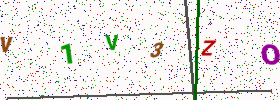
Text: V1V3ZO